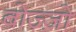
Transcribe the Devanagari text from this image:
बोज़्ज़ो